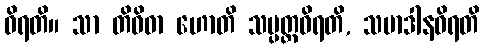
ဝိရတိ။ သာ တိဝိဓာ ဟောတိ သမ္ပတ္တဝိရတိ, သမာဒါနဝိရတိ